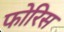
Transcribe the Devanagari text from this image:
फोरिस